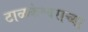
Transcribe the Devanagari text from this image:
टाळकेश्वराच्या